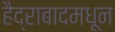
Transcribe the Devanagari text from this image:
हैद्राबादमधून